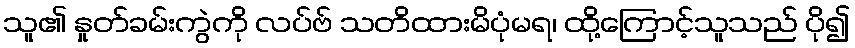
သူ၏ နှုတ်ခမ်းကွဲကို လပ်ဗ် သတိထားမိပုံမရ၊ ထို့ကြောင့်သူသည် ပို၍